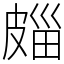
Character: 㿳